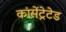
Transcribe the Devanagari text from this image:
कांसेंट्रेटेड